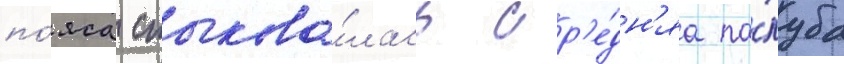
по́яса стыкова́лась ср'е́дн'яа па́луба